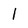
Character: 1